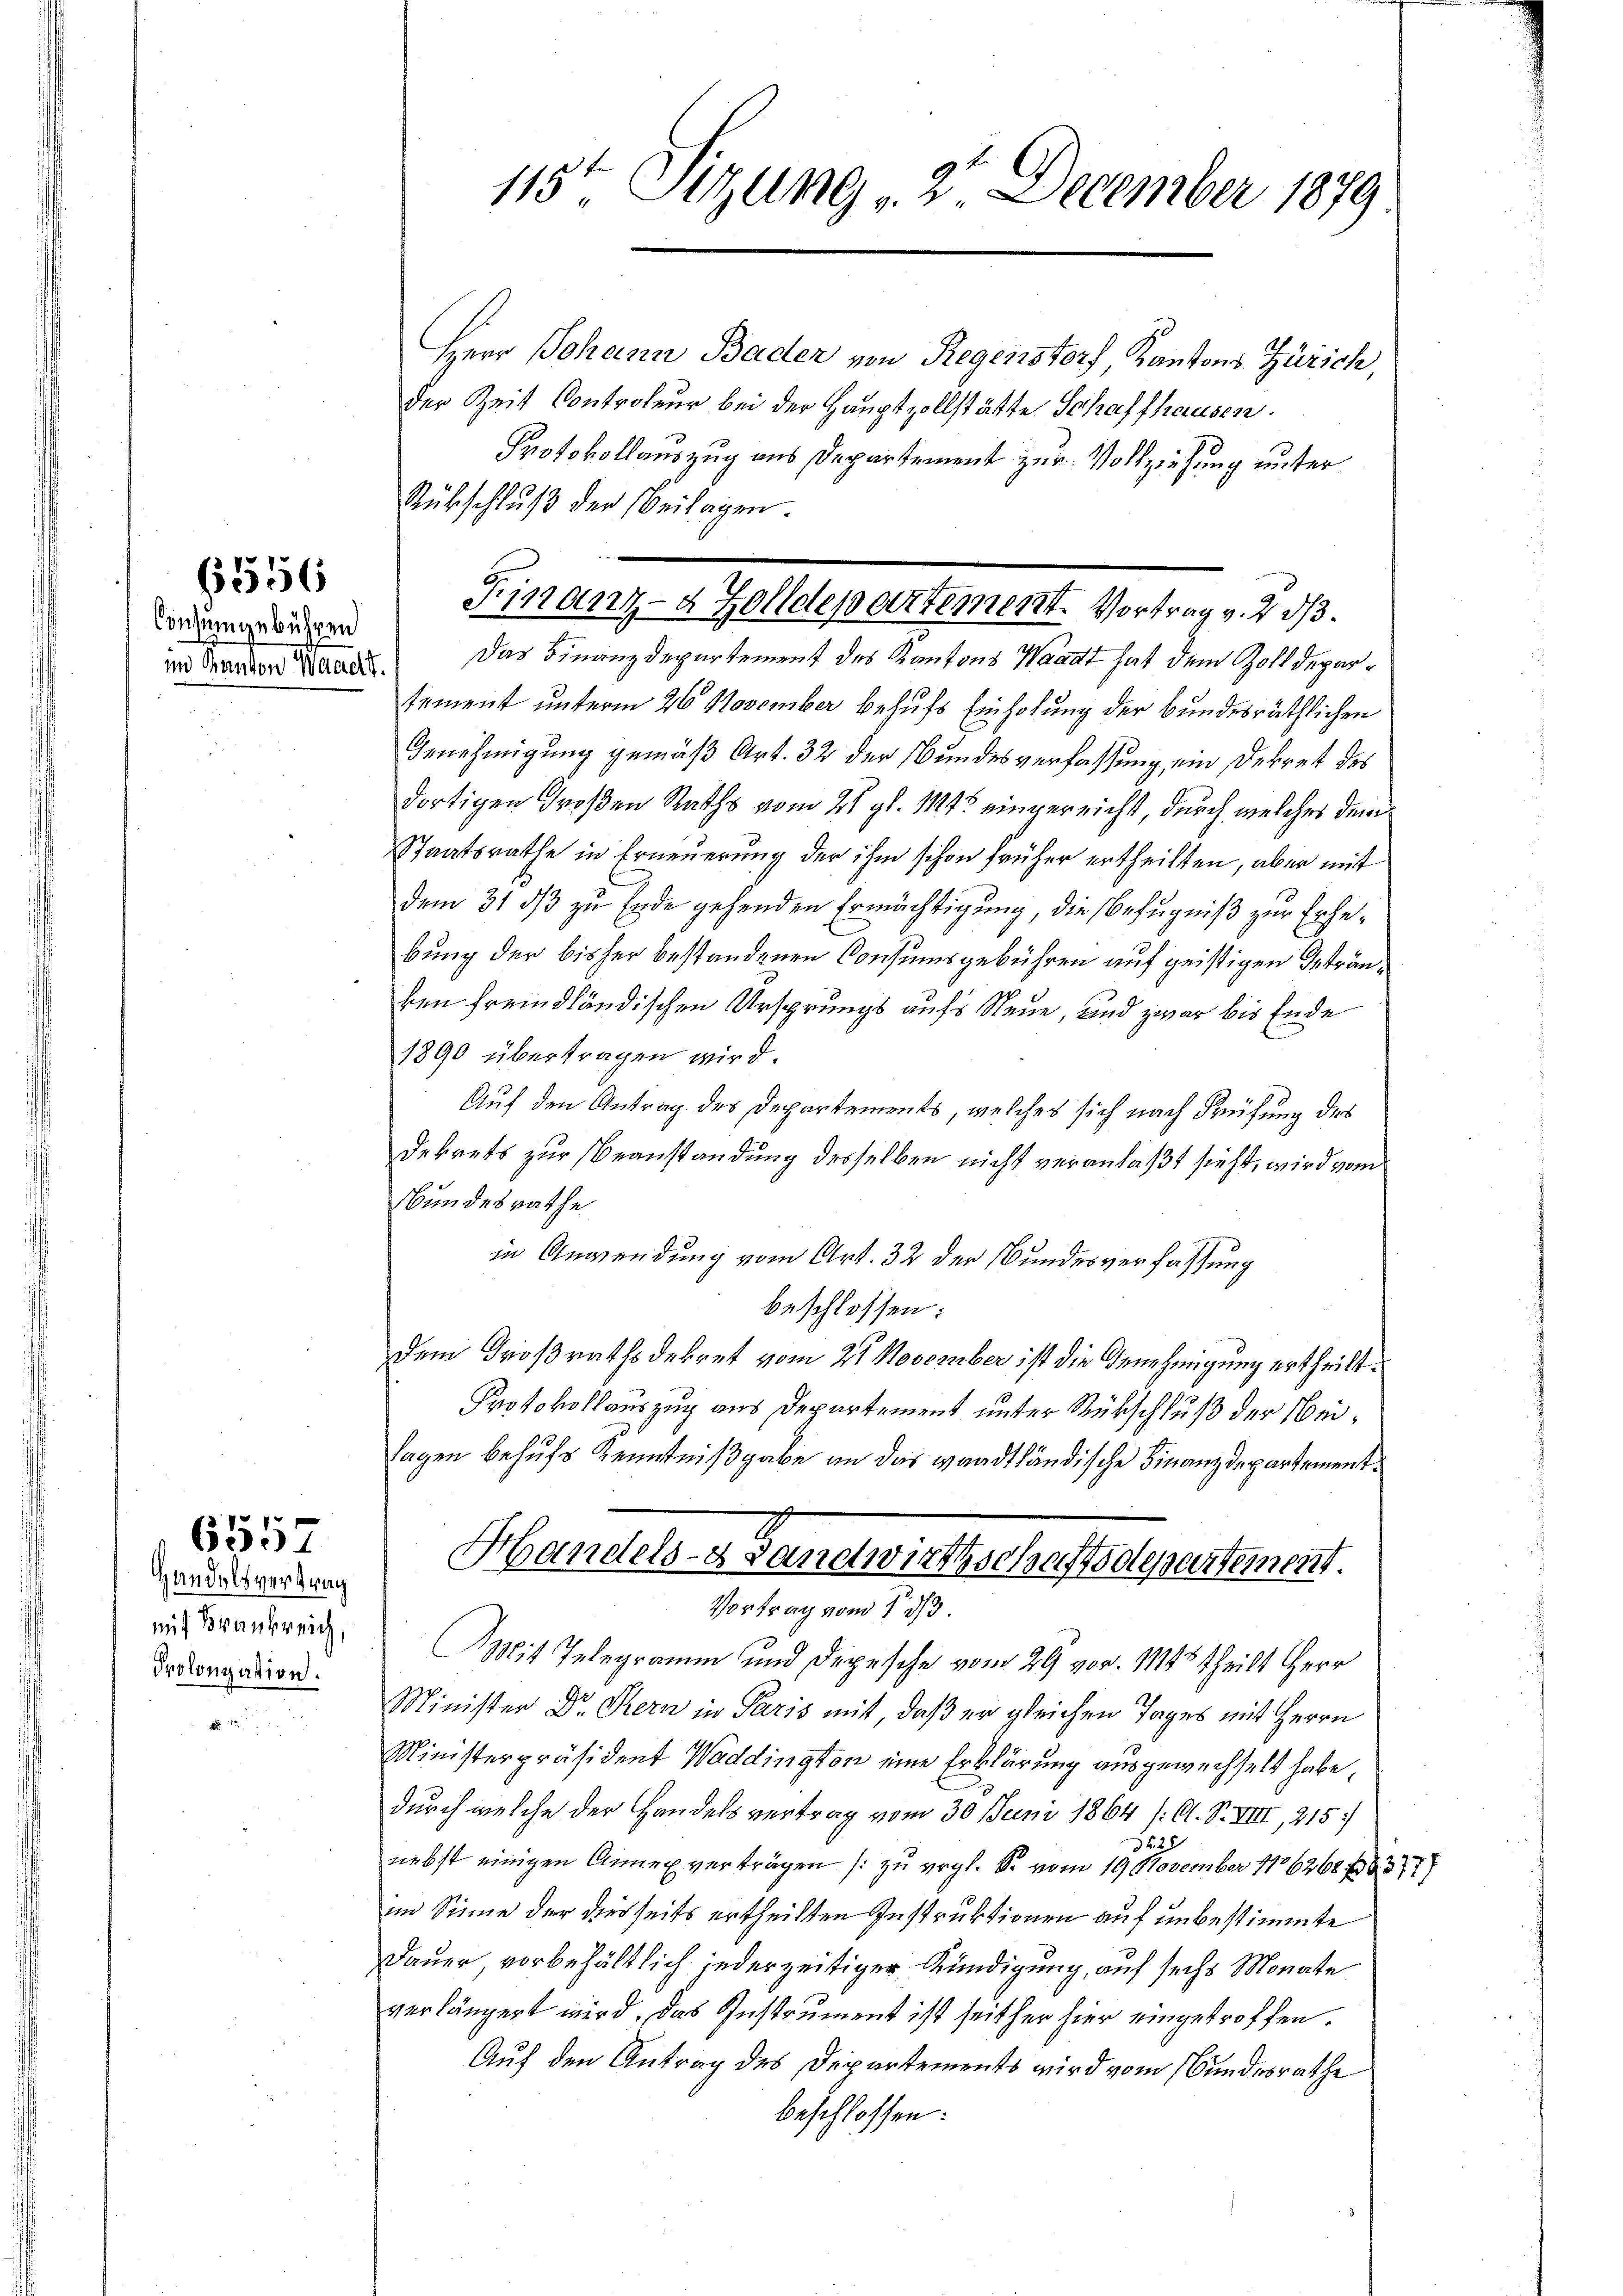
Consumgebühren
und Kanton Waadt,

6556

Handelsvertrag
mit Krankreich,
Prolongation.

6557

7

115ten Sizung 2. December 1879

Herr Johann Bader von Regenstorf Kantons Zürich,
der Zeit Controleur bei der Hauptvollstätte Schaffhausen.
tement unterm 26 November behufs Einholung der Bundesräthlichen
Genehmigung gemäß Art. 32 der Bundesverfassung ein Dekret des
dortigen Großen Raths vom 21. gl. 115 eingereicht, durch welches dem
Staatsrathe in Erneuerung der ihm schon früher ertheilten, aber mit
dem 31 ds zu Ende gehenden Ermächtigung, die Befugniß zur Erhebung der bisher bestandenen Consumsgebühren auf geistigen Getränken fremdländischen Ursprungs aufs Neue, und zwar bis Ende
1890 übertragen wird.
Auf den Antrag des Departements, welches sich nach Prüfung des
dekrets zur Beanstandung desselben nicht veranlaßt sieht, wird vom
Bundesrathe
in Anwendung vom Art. 32 der Bundesverfassung
beschlossen:
dem Großrathsdekret vom 21 November ist die Genehmigung ertheilt.
Protokollauszug aus Departement unter Rückschluß der Weilagen behufs Kenntnißgabe an das waadtländische Finanzdepartement¬
Handels- u. Bandwirthschaftsdepartement.
Vortrag vom 1. 33.
Mit Telegramm und Depesche vom 29 vor. 1145 theilt Herr
Minister Dr. Kern in Paris mit, daß er gleichen Tages mit Herrn
Ministerpräsident Waddington eine Erklärung ausgewechselt habe,
durch welche der Handelsvertrag vom 30 Juni 1864 (: A. S. VIII, 215)
f 25
nebst einigen Annex verträgen /: zu vergl. S. vom 19. November 186268. 37.
im Sinne der diesseits ertheilten Instruktionen auf unbestimmte
Dauer vorbehältlich jederzeitiger Kündigung, auf sechs Monate
verlängert wird. Das Instrument ist seither hier eingetroffen.
Auf den Antrag des Departements wird vom Bundesrathe
beschlossen:

Protokollauszug aus Departement zur Vollziehung unter
Rübschluß der Beilagen
Finanz-4 Zolldepartement. Vortrag v. 2. d.
Das Finanzdepartement des Kantons Waadt hat dem Zolldepar¬